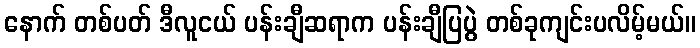
နောက် တစ်ပတ် ဒီလူငယ် ပန်းချီဆရာက ပန်းချီပြပွဲ တစ်ခုကျင်းပလိမ့်မယ်။